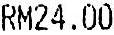
RM24.00